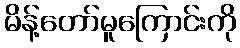
မိန့်တော်မူကြောင်းကို